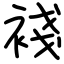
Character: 䙁